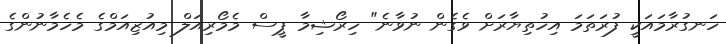
ހަނގުރާމައަކީ ފުރަތަމަ އިހުތިޔާރަށް ވެގެން ނުވާނެ" ހިރޯޝިމާ ޕީސް މެމޯރިއަލް މިއުޒިއަމްގެ މެހެމާނުންގެ